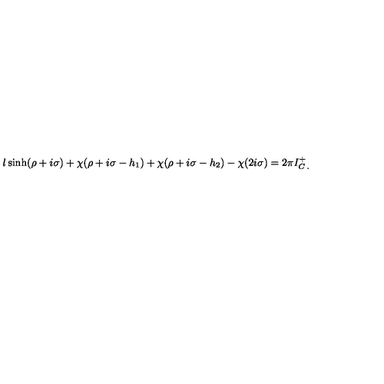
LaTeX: l \sinh ( \rho + i \sigma ) + \chi ( \rho + i \sigma - h _ { 1 } ) + \chi ( \rho + i \sigma - h _ { 2 } ) - \chi ( 2 i \sigma ) = 2 \pi I _ { C \: . } ^ { + }